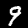
Label: 9